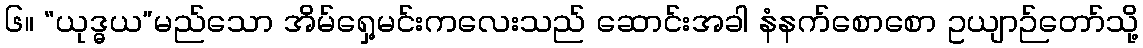
၆။ “ယုဒ္ဓယ”မည်သော အိမ်ရှေ့မင်းကလေးသည် ဆောင်းအခါ နံနက်စောစော ဥယျာဉ်တော်သို့